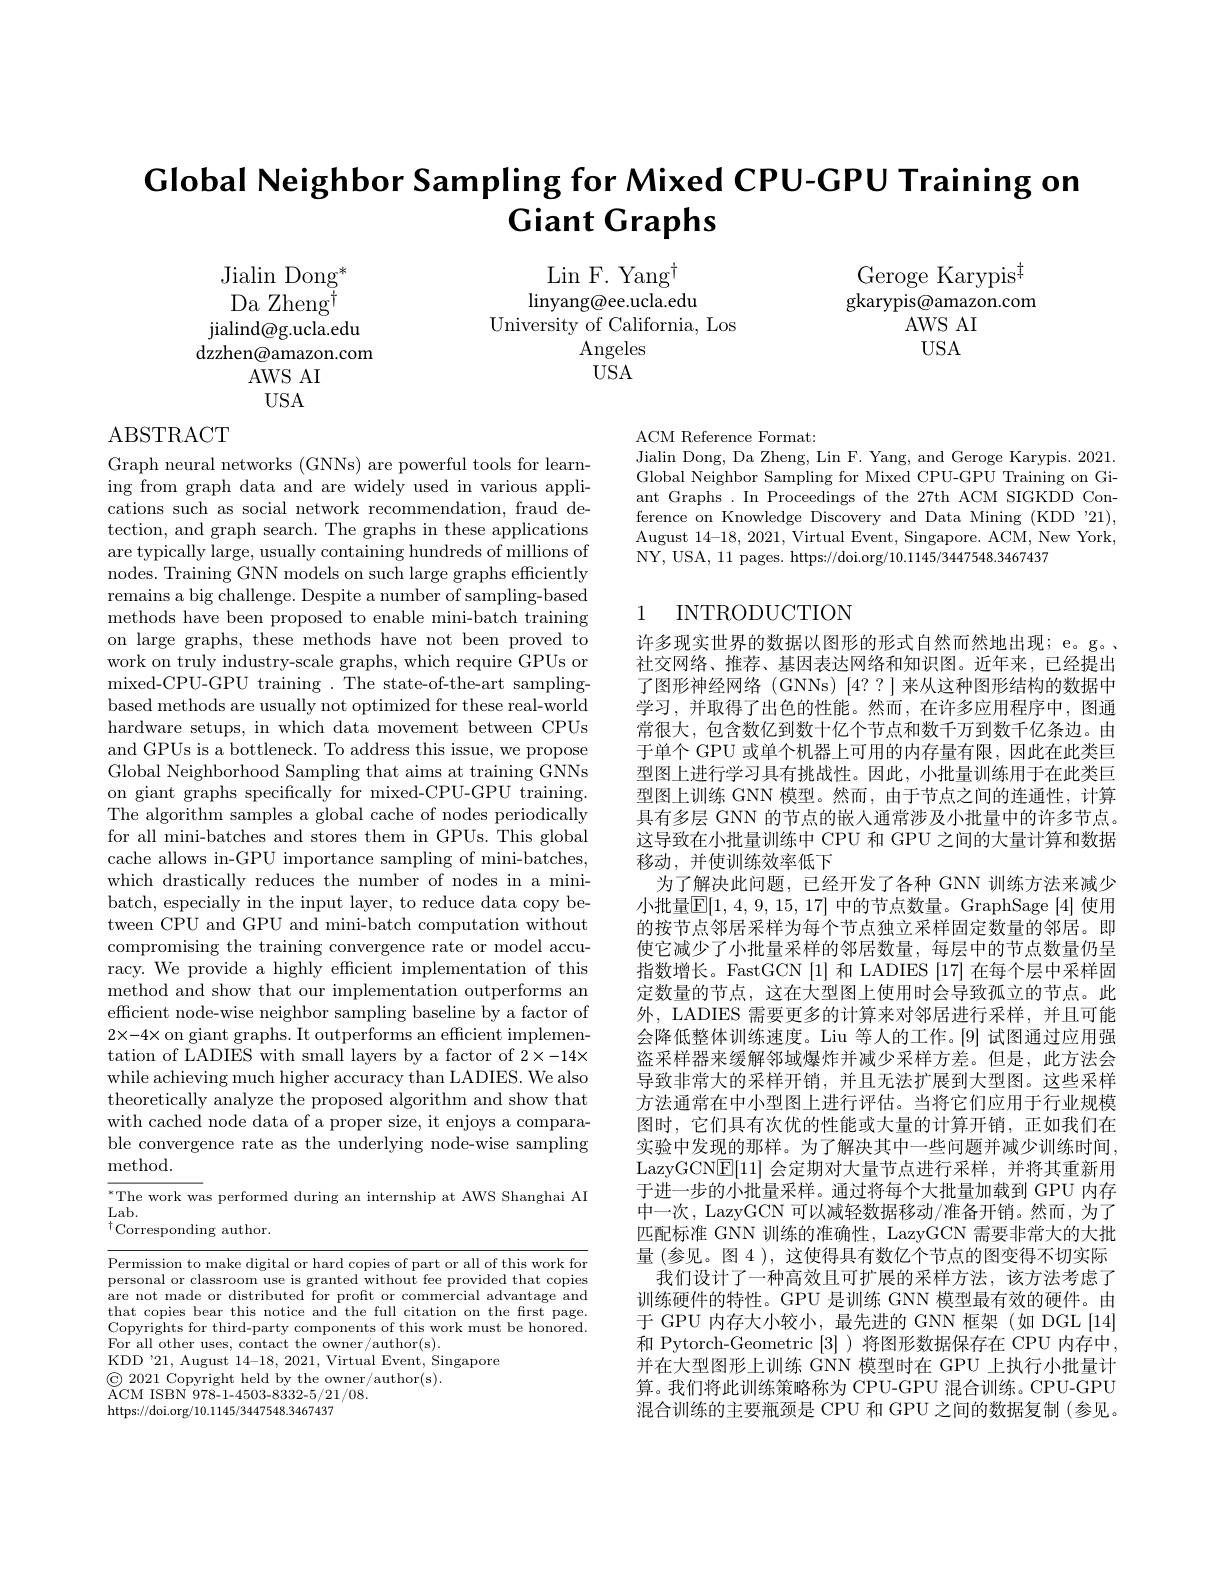
# $\textbf{Global Neighbor Sampling for Mixed CPU- GPU Training on}$ $\textbf{Giant Graphs}$

Geroge Karypis$^{\ddagger}$ gkarypis@amazon.com
AWS AI USA

$\operatorname{Lin}$F. Yang$^\dagger$
linyang@ee.ucla.edu
University of California, Los
Angeles $USA$

Jialin Dong$^*$ Da Zheng$^{\dagger}$
jialind@g.ucla.edu dzzhen@amazon.com
AWSAI
$USA$

ABSTRACT

ACM Reference Format:
Jialin Dong, Da Zheng, Lin F. Yang, and Geroge Karypis. 2021. Global Neighbor Sampling for Mixed CPU-GPU Training on Giant Graphs .In Proceedings of the 27th ACM SIGKDD Conference on Knowledge Discovery and Data Mining (KDD "21), August 14-18, 2021, Virtual Event, Singapore. ACM, New York, NY, USA, 11 pages. https://doi.org/10.1145/3447548.3467437

## 1 INTRODUCTION

Graph neural networks (GNNs) are powerful tools for learning from graph data and are widely used in various applications such as social network recommendation, fraud detection, and graph search. The graphs in these applications are typically large, usually containing hundreds of millions of nodes. Training GNN models on such large graphs efficiently remains a big challenge. Despite a number of sampling-based methods have been proposed to enable mini-batch training on large graphs, these methods have not been proved to work on truly industry-scale graphs, which require GPUs or mixed-CPU-GPU training .The state-of-the-art samplingbased methods are usually not optimized for these real-world hardware setups, in which data movement between CPUs and GPUs is a bottleneck. To address this issue, we propose Global Neighborhood Sampling that aims at training GNNs on giant graphs specifically for mixed-CPU-GPU training. The algorithm samples a global cache of nodes periodically for all mini-batches and stores them in GPUs. This global cache allows in-GPU importance sampling of mini-batches, which drastically reduces the number of nodes in a minibatch, especially in the input layer, to reduce data copy between CPU and GPU and mini-batch computation without compromising the training convergence rate or model accuracy. We provide a highly efficient implementation of this method and show that our implementation outperforms an efficient node-wise neighbor sampling baseline by a factor of 2×-4× on giant graphs. It outperforms an efficient implementation of LADIES with small layers by a factor of 2×-14× while achieving much higher accuracy than LADIES. We also theoretically analyze the proposed algorithm and show that with cached node data of a proper size, it enjoys a comparable convergence rate as the underlying node-wise sampling ${\mathrm{method}}.$
$^*$The work was performed during an internship at AWS Shanghai AI

许多现实世界的数据以图形的形式自然而然地出现；e。g。, 社交网络、推荐、基因表达网络和知识图。近年来，已经提出了图形神经网络 (GNNs) [4??]来从这种图形结构的数据中学习，并取得了出色的性能。然而，在许多应用程序中，图通常很大，包含数亿到数十亿个节点和数千万到数千亿条边。由于单个 GPU 或单个机器上可用的内存量有限，因此在此类巨型图上进行学习具有挑战性。因此，小批量训练用于在此类巨型图上训练 GNN 模型。然而，由于节点之间的连通性，计算具有多层 GNN 的节点的嵌人通常涉及小批量中的许多节点。这导致在小批量训练中 CPU 和 GPU 之间的大量计算和数据移动，并使训练效率低下
为了解决此问题，已经开发了各种 GNN 训练方法来减少小批量$\overline{\mathbb{E}}[1,4,9,15,17]$ 中的节点数量。GraphSage [4] 使用的按节点邻居采样为每个节点独立采样固定数量的邻居。即使它减少了小批量采样的邻居数量，每层中的节点数量仍呈指数增长。FastGCN [1]和 LADIES [17]在每个层中采样固定数量的节点，这在大型图上使用时会导致孤立的节点。此外，LADIES 需要更多的计算来对邻居进行采样，并且可能会降低整体训练速度。Liu 等人的工作。[9] 试图通过应用强盗采样器来缓解邻域爆炸并减少采样方差。但是，此方法会导致非常大的采样开销，并且无法扩展到大型图。这些采样方法通常在中小型图上进行评估。当将它们应用于行业规模图时，它们具有次优的性能或大量的计算开销，正如我们在实验中发现的那样。为了解决其中一些问题并减少训练时间， LazyGCN$\boxed{\mathrm{E}}[11]$会定期对大量节点进行采样，并将其重新用于进一步的小批量采样。通过将每个大批量加载到 GPU 内存中一次，LazyGCN 可以减轻数据移动/准备开销。然而，为了匹配标准 GNN 训练的准确性，LazyGCN 需要非常大的大批量(参见。图 4 ), 这使得具有数亿个节点的图变得不切实际
我们设计了一种高效且可扩展的采样方法，该方法考虑了训练硬件的特性。GPU 是训练 GNN 模型最有效的硬件。由于 GPU 内存大小较小，最先进的 GNN 框架(如 DGL[14] 和 Pytorch-Geometric [3] )将图形数据保存在 CPU 内存中， 并在大型图形上训练 GNN 模型时在 GPU 上执行小批量计算。我们将此训练策略称为 CPU-GPU 混合训练。CPU-GPU 混合训练的主要瓶颈是 CPU 和 GPU 之间的数据复制 (参见。

$Lab.$
$^{\dagger}$Corresponding author.

Permission to make digital or hard copies of part or all of this work for personal or classroom use is granted without fee provided that copies are not made or distributed for profit or commercial advantage and that copies bear this notice and the full citation on the first page. Copyrights for third-party components of this work must be honored. For all other uses, contact the owner/author(s).
KDD'21, August l4-18, 2021, Virtual Event, Singapore
$\textcircled{\mathrm{C}}2021$ Copyright held by the owner/author(s).
$\breve{\mathrm{ACM~ISBN~978-1-4503-8332-5/21/08}}.$
https://doi.org/10.1145/3447548.3467437